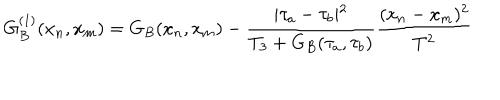
G _ { B } ^ { ( 1 ) } ( x _ { n } , x _ { m } ) = G _ { B } ( x _ { n } , x _ { m } ) - { \frac { \vert \tau _ { a } - \tau _ { b } \vert ^ { 2 } } { T _ { 3 } + G _ { B } ( \tau _ { a } , \tau _ { b } ) } } { \frac { ( x _ { n } - x _ { m } ) ^ { 2 } } { T ^ { 2 } } }